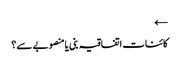
←
کائنات اتفاقیہ بنی یا منصوبے سے؟